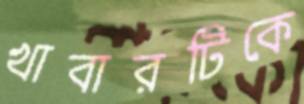
খাবারটিকে